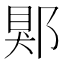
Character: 郹